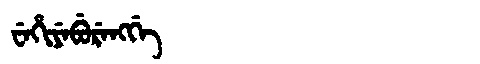
Manchu: ᠸᡝᡥᡳᠶᡝᠪᡠᡵᡝᠩᡤᡝ
Romanization: WEHIYEBURENGGE